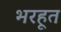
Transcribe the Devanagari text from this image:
भरहूत